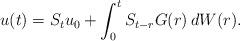
LaTeX: \begin{align*}u(t)=S_tu_0+\int^t_0 S_{t-r}G (r)\,dW(r).\end{align*}